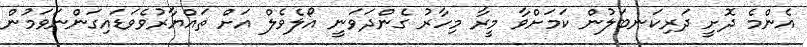
އެންމެ ދޮށީ ދަރިކަނބަލުން ކަމަށްވާ މީރާ މިހާރު ގެންދަވަނީ އޯލެވެލް އަށް ތައްޔާރުވެވަޑައިގަންނަވަމުން